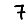
Digit: 7